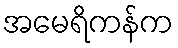
အမေရိကန်က